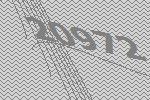
20972